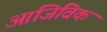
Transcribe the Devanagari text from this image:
आजिविक